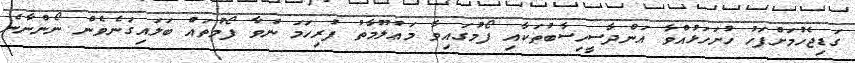
ގަޑިޖެހުމަށްފަހު ހުށަހަޅުއްވާ އަންދާސީހިސާބުތަކާއި ފޯމުގައިވާ މަޢުލޫމާތު ފުރިހަމަ ނުވާ ފޯމުތައް ބަލައިގަނެވެން ނޯންނާނެ